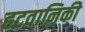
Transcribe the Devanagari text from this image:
हटवानिकी